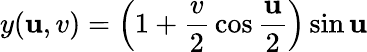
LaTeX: y(\mathbf{u},v)=\left(1+{\frac{{v}}{{2}}}\cos{\frac{{\mathbf{u}}}{{2}}}\right)\sin\mathbf{u}